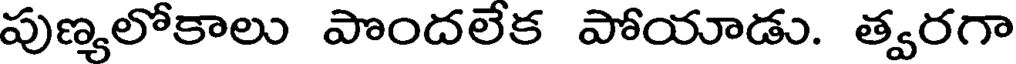
పుణ్యలోకాలు పొందలేక పోయాడు. త్వరగా